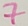
Text: 7